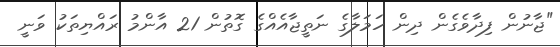
"ޖާނުން ފިދާވެގެން ދިން ހަމަލާގެ ނަތީޖާއެއްގެ ގޮތުން 21 އާންމު ރައްޔިތަކު ވަނީ